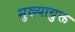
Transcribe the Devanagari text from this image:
मुख्यायुक्त